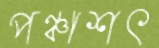
পঞ্চাশৎ